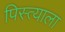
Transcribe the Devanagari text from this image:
पिस्त्याला